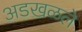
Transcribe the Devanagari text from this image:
अडखळले